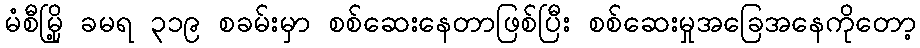
မံစီမြို့ ခမရ ၃၁၉ စခမ်းမှာ စစ်ဆေးနေတာဖြစ်ပြီး စစ်ဆေးမှုအခြေအနေကိုတော့